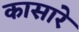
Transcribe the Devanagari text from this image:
कासारे